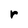
Character: r